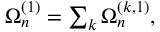
\begin{array} { r } { \Omega _ { n } ^ { ( 1 ) } = \sum _ { k } \Omega _ { n } ^ { ( k , 1 ) } , } \end{array}